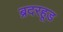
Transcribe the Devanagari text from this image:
ब्रदरहूड